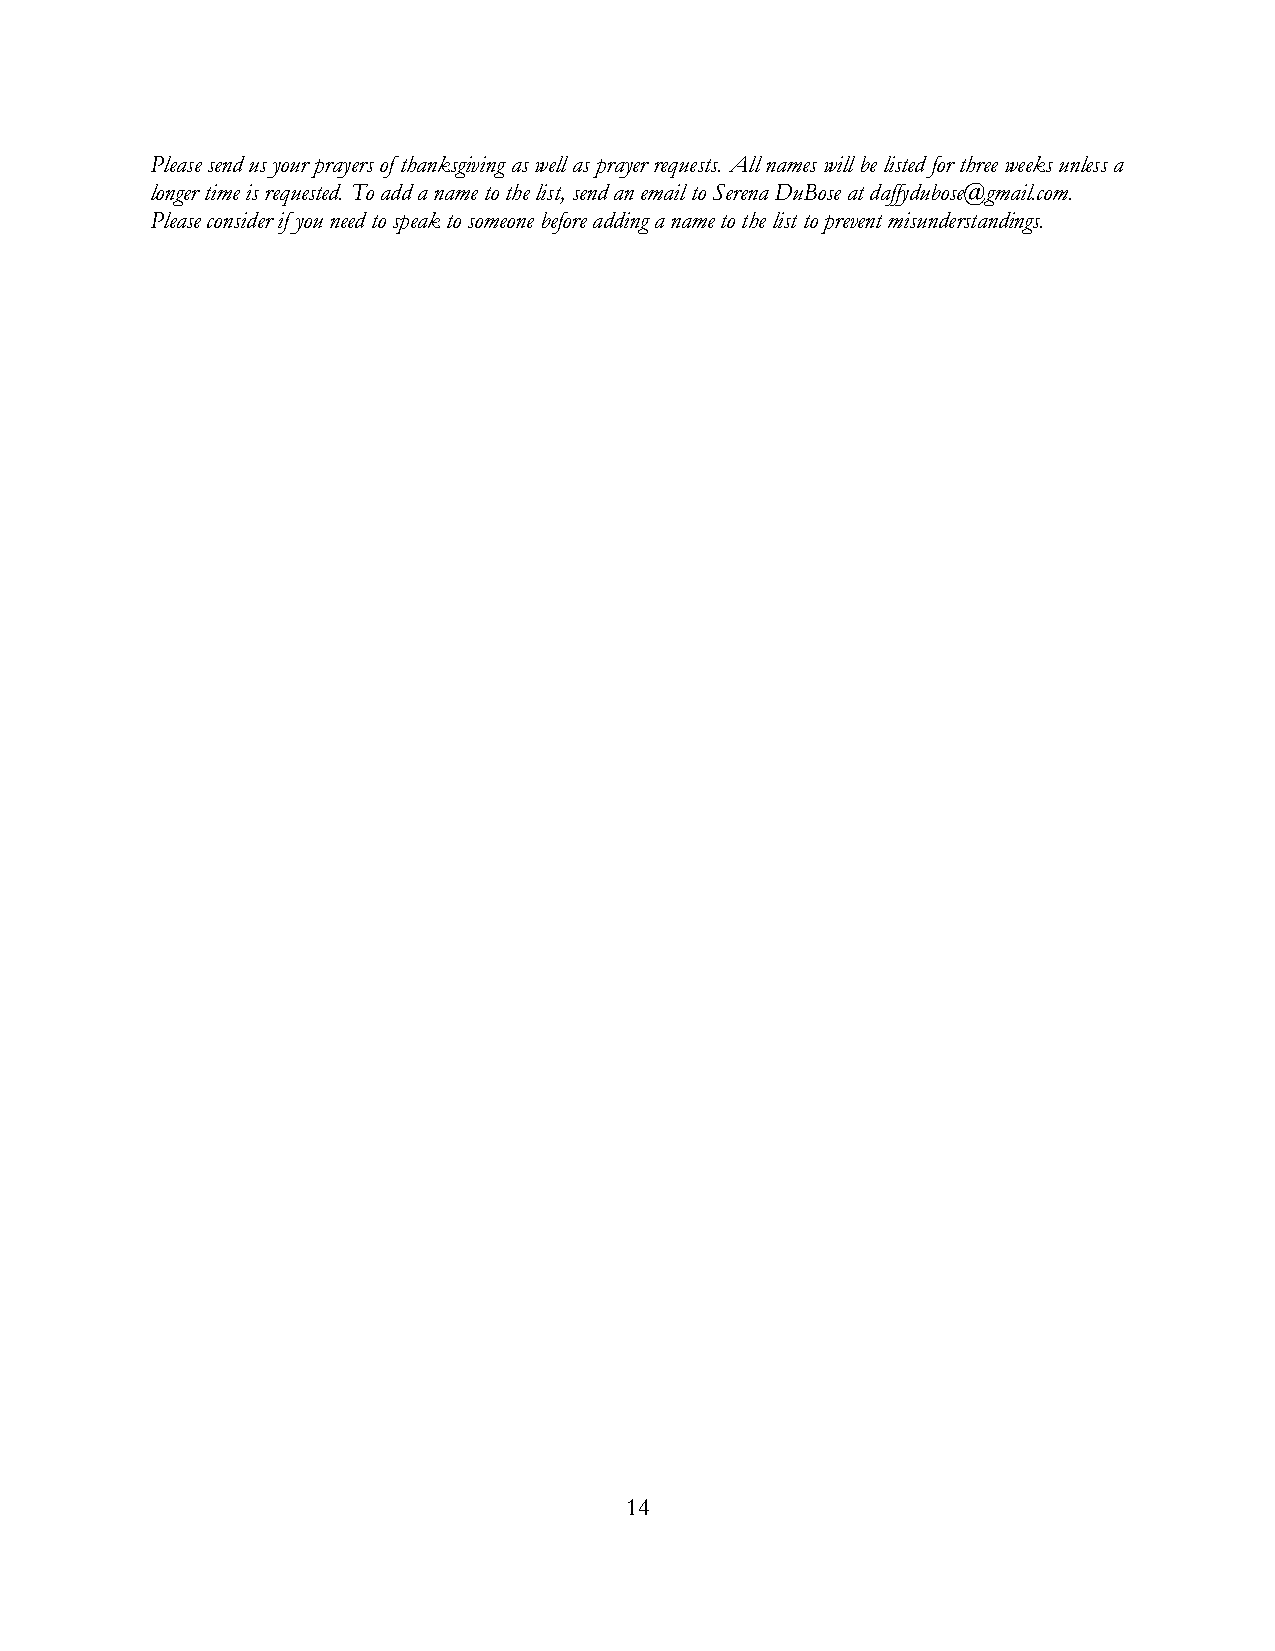
Please send us your prayers of thanksgiving as well as prayer requests. All names will be listed for three weeks unless a
 longer time is requested. To add a name to the list, send an email to Serena DuBose at daffydubose@gmail.com.
 Please consider if you need to speak to someone before adding a name to the list to prevent misunderstandings.
 14